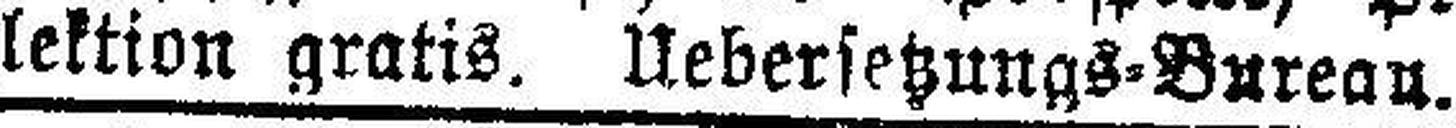
lektion gratis. Uebersetzungs=Burean.